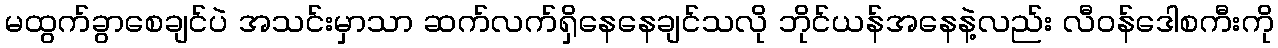
မထွက်ခွာစေချင်ပဲ အသင်းမှာသာ ဆက်လက်ရှိနေနေချင်သလို ဘိုင်ယန်အနေနဲ့လည်း လီဝန်ဒေါစကီးကို